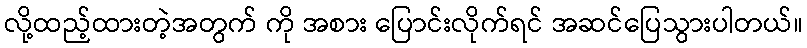
လို့ထည့်ထားတဲ့အတွက် ကို အစား ပြောင်းလိုက်ရင် အဆင်ပြေသွားပါတယ်။